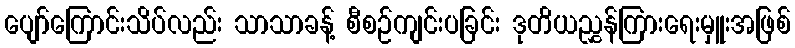
ပျော်ကြောင်းသိပ်လည်း သာသာခန့် စီစဉ်ကျင်းပခြင်း ဒုတိယညွှန်ကြားရေးမှူးအဖြစ်